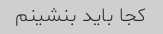
کجا باید بنشینم